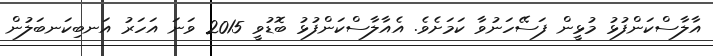
އާލާސްކަންފުޅު މުޅީން ފަސޭހަނުވާ ކަމަށެވެ. އެއާލާސްކަންފުޅު ބޮޑުވީ 2015 ވަނަ އަހަރު އަނބިކަނބަލުން